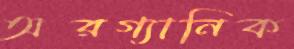
অরগ্যানিক